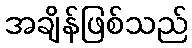
အချိန်ဖြစ်သည်